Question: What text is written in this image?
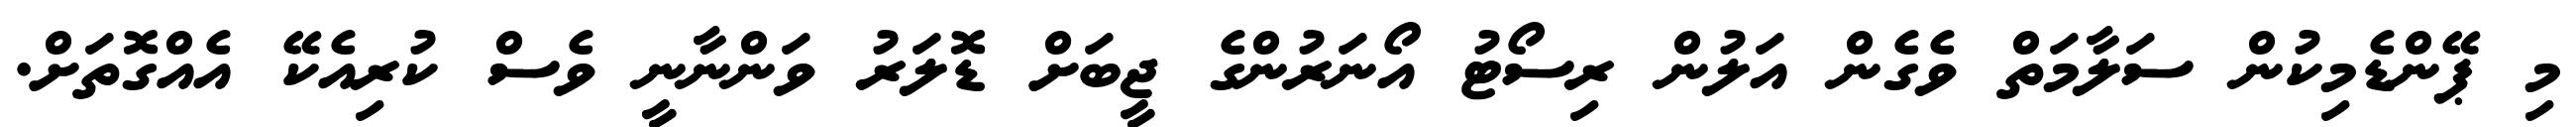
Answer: މި ޕޭންޑެމިކުން ސަލާމަތް ވެގެން އަލުން ރިސޯޓު އޯނަރުންގެ ޖީބަށް ޑޮލަރު ވަންނާނީ ވެސް ކުރިއެކޭ އެއްގޮތަށް.